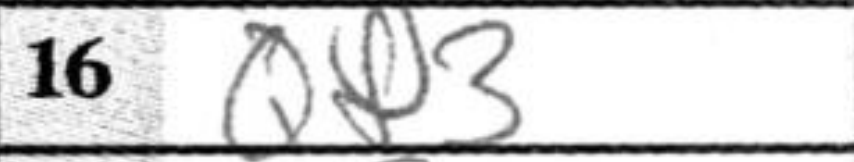
Transcription: Qf3